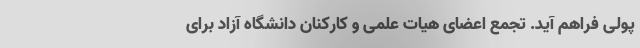
پولی فراهم آید. تجمع اعضای هیات علمی و کارکنان دانشگاه آزاد برای